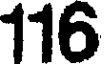
116